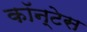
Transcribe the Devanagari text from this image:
कॉन्टेस